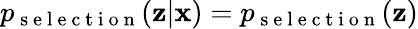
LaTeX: p_{\mathrm{~s~e~l~e~c~t~i~o~n~}}(\mathbf{z}|\mathbf{x})=p_{\mathrm{~s~e~l~e~c~t~i~o~n~}}(\mathbf{z})